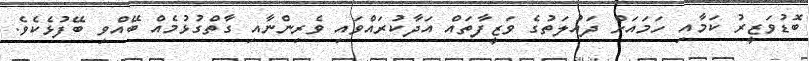
ބޮޑުވަޒީރު ކަމާއި ހަމައަށް ދައުލަތުގެ ވަޒީފާތައް އަދާކުރައްވައި ވެރިންނާއި ގާތްގުޅުމެއް ބޭއްވި ބޭފުޅެކެވެ.